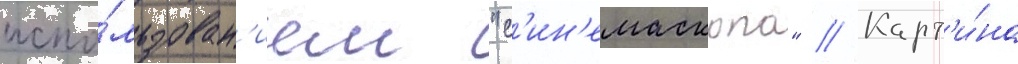
испо́льзован'ием "с'ин'емаскопа" // Карт'и́на